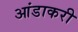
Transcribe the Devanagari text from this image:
आंडाकरी